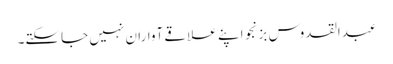
عبدالقدوس بزنجو اپنے علاقے آواران نہیں جاسکتے۔